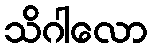
သိဂါလော